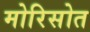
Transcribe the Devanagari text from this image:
मोरिसोत